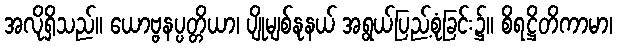
အလိုရှိသည်။ ယောဗ္ဗနပ္ပတ္တိယာ၊ ပျိုမျစ်နုနယ် အရွယ်ပြည့်စုံခြင်း၌။ စိရဋ္ဌိတိကာမာ၊